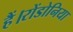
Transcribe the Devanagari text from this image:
हैं।रोंडोनिया